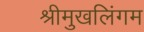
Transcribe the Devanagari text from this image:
श्रीमुखलिंगम